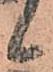
候